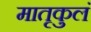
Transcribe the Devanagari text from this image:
मातृकुलं